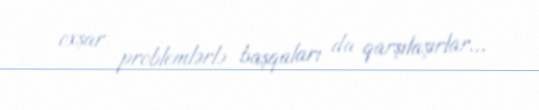
oxşar problemlərlə başqaları da qarşılaşırlar...